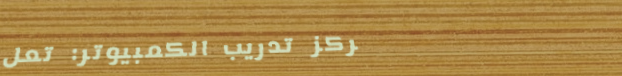
مركز تدريب الكمبيوتر: تعل